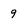
Character: 9